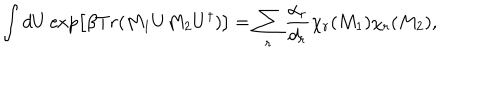
\int d U \exp \left[ \beta T r ( M _ { 1 } U M _ { 2 } U ^ { \dagger } ) \right] = \sum _ { r } \frac { \alpha _ { r } } { d _ { r } } \chi _ { r } ( M _ { 1 } ) \chi _ { r } ( M _ { 2 } ) ,